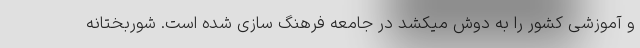
و آموزشی کشور را به دوش میکشد در جامعه فرهنگ سازی شده است. شوربختانه